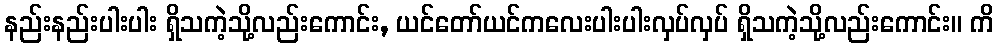
နည်းနည်းပါးပါး ရှိသကဲ့သို့လည်းကောင်း, ယင်တော်ယင်ကလေးပါးပါးလှပ်လှပ် ရှိသကဲ့သို့လည်းကောင်း။ ကိ